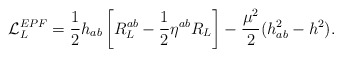
\begin{align*}{\cal L}_L^{EPF} = \frac{1}{2}h_{ab} \left[ R^{ab}_L - \frac{1}{2} \eta^{ab} R_L\right] - \frac{\mu^2}{2}(h_{ab}^2 - h^2).\end{align*}